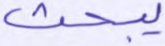
يبحث